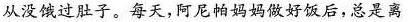
从没饿过肚子。每天，阿尼帕妈妈做好饭后，总是离